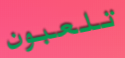
تلعبون